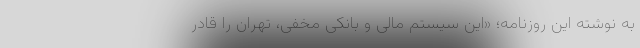
به نوشته این روزنامه؛ «این سیستم مالی و بانکی مخفی، تهران را قادر